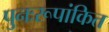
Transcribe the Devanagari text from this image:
पुनःरूपांकित